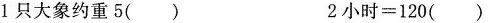
1只大象约重5() 2小时=120()